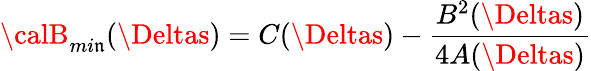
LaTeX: {\calB}_{mi\mathfrak{n}}(\Deltas)=C(\Deltas)-\frac{{B^{2}(\Deltas)}}{{4A(\Deltas)}}